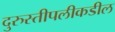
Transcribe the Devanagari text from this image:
दुरुस्तीपलीकडील